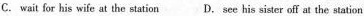
C. wait for his wife at the station D. see his sister off at the station